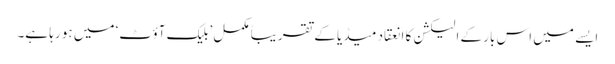
ایسے میں اس بار کے الیکشن کا انعقاد میڈیا کے تقریباً مکمل ’بلیک آؤٹ‘ میں ہو رہا ہے۔